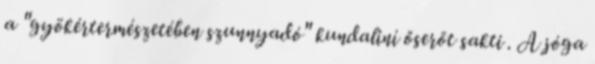
a "gyökértermészetében szunnyadó" kundaliní őserőt sakti . A jóga